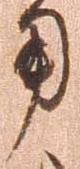
用